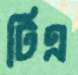
টিএ